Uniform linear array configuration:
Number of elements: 12
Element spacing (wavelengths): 0.75
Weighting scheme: exponential
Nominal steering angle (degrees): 15
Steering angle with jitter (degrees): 15.312
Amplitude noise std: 0.05
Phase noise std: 0.05

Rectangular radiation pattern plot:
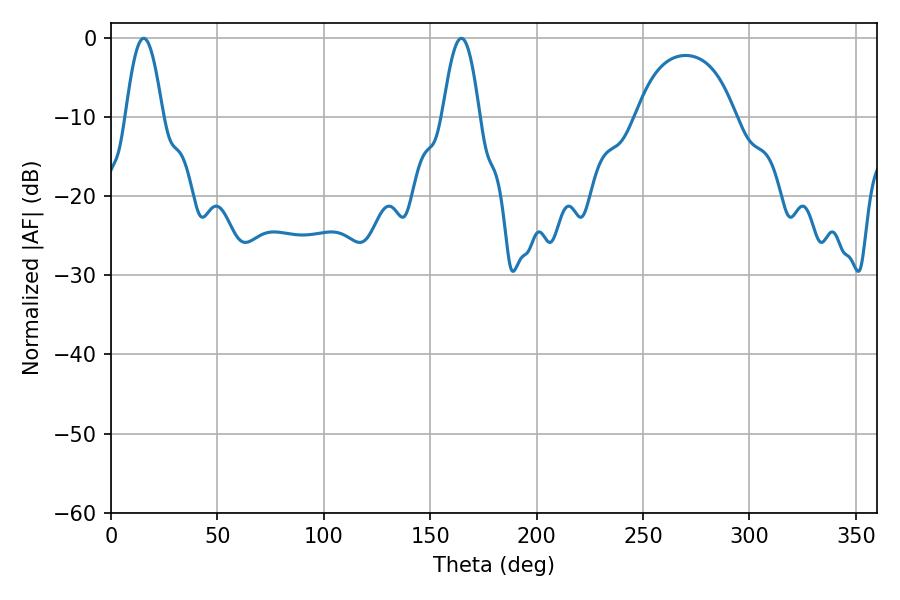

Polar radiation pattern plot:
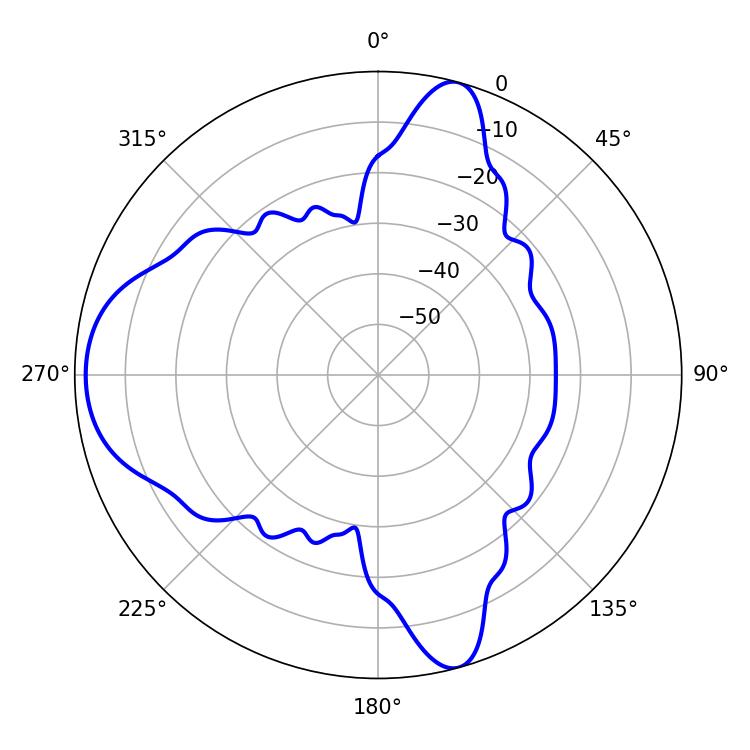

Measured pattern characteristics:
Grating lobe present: TRUE
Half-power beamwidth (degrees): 9.36
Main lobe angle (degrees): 15.3